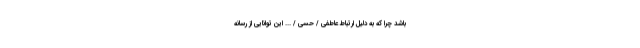
باشد چرا که به دلیل ارتباط عاطفی / حسی / ... این توانایی از رسانه